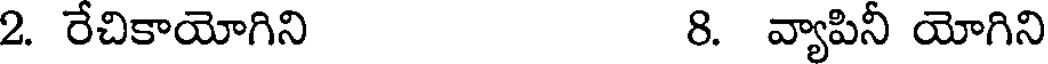
2. రేచికాయోగిని 8. వ్యాపినీ యోగిని